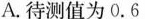
A.待测值为0.6